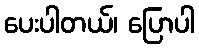
ပေးပါတယ်၊ ပြောပါ